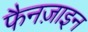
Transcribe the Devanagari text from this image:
फैनज़ाइन